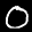
Label: 0